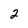
Character: 2